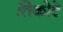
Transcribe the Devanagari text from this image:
तिकोटे